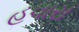
હવારા